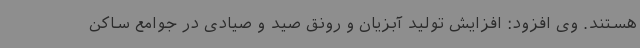
هستند. وی افزود: افزایش تولید آبزیان و رونق صید و صیادی در جوامع ساکن